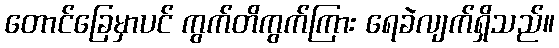
တောင်ခြေမှာပင် ကွက်တိကွက်ကြား ရေခဲလျက်ရှိသည်။